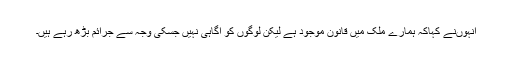
انہوںنے کہاکہ ہمارے ملک میں قانون موجود ہے لیکن لوگوں کو آگاہی نہیں جسکی وجہ سے جرائم بڑھ رہے ہیں۔